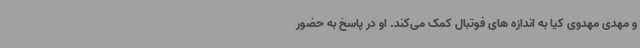
و مهدی مهدوی کیا به اندازه های فوتبال کمک می‌کند. او در پاسخ به حضور